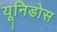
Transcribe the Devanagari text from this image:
यूनिडोस